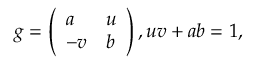
g = \left( \begin{array} { l l } { { a } } & { { u } } \\ { { - v } } & { { b } } \end{array} \right) , u v + a b = 1 ,